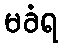
မခံရ